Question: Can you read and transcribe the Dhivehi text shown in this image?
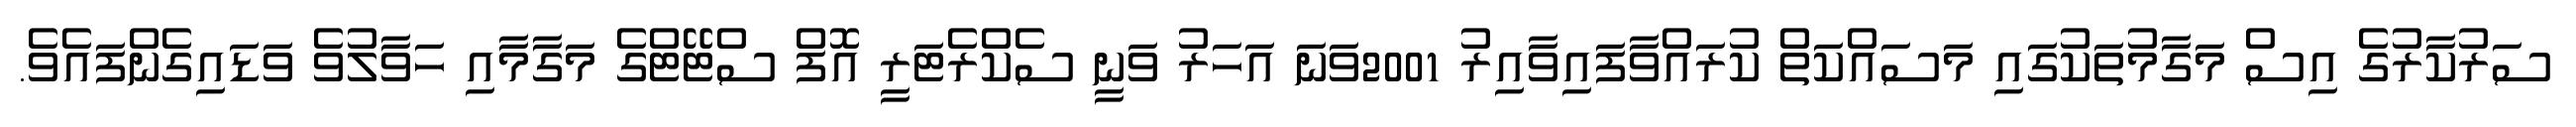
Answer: ސަރުކާރުގެ އިސް މަގާމުތަކުގައި މަސައްކަތް ކުރައްވާފައިވާއިރު 2001ވަނަ އަހަރު ވަނީ ސެކްރެޓަރީ އޮފް ސްޓޭޓްގެ މަގާމާއި ހަވާލުވެ ވަޑައިގެންފައެވެ.